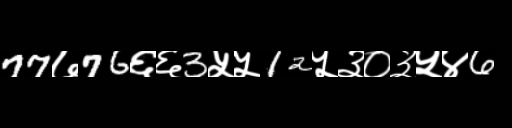
Text: 77७76६६3५५12५३०३५४6